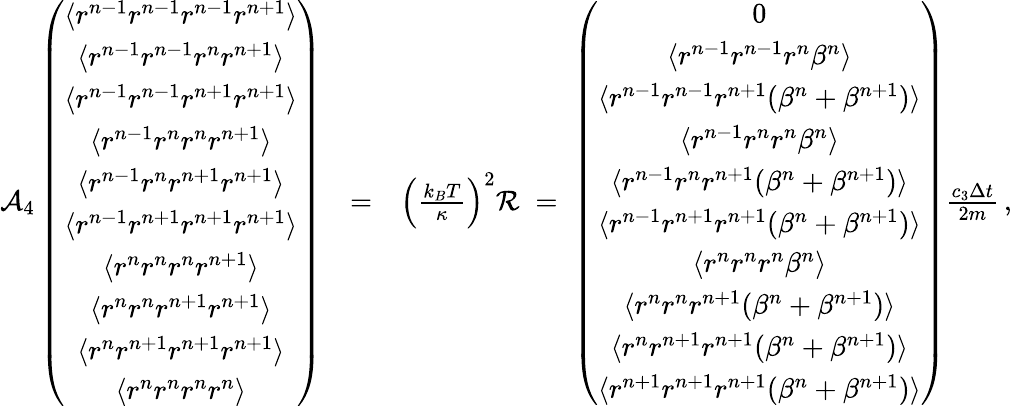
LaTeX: \begin{array}{rlr}{{\cal A}_{4}\left(\begin{array}{c}{\langle r^{n-1}r^{n-1}r^{n-1}r^{n+1}\rangle}\\ {\langle r^{n-1}r^{n-1}r^{n}r^{n+1}\rangle}\\ {\langle r^{n-1}r^{n-1}r^{n+1}r^{n+1}\rangle}\\ {\langle r^{n-1}r^{n}r^{n}r^{n+1}\rangle}\\ {\langle r^{n-1}r^{n}r^{n+1}r^{n+1}\rangle}\\ {\langle r^{n-1}r^{n+1}r^{n+1}r^{n+1}\rangle}\\ {\langle r^{n}r^{n}r^{n}r^{n+1}\rangle}\\ {\langle r^{n}r^{n}r^{n+1}r^{n+1}\rangle}\\ {\langle r^{n}r^{n+1}r^{n+1}r^{n+1}\rangle}\\ {\langle r^{n}r^{n}r^{n}r^{n}\rangle}\end{array}\right)}&{=}&{\left(\frac{k_{B}T}{\kappa}\right)^{2}{\cal R}\; =\; \left(\begin{array}{c}{0}\\ {\langle r^{n-1}r^{n-1}r^{n}\beta^{n}\rangle}\\ {\langle r^{n-1}r^{n-1}r^{n+1}(\beta^{n}+\beta^{n+1})\rangle}\\ {\langle r^{n-1}r^{n}r^{n}\beta^{n}\rangle}\\ {\langle r^{n-1}r^{n}r^{n+1}(\beta^{n}+\beta^{n+1})\rangle}\\ {\langle r^{n-1}r^{n+1}r^{n+1}(\beta^{n}+\beta^{n+1})\rangle}\\ {\langle r^{n}r^{n}r^{n}\beta^{n}\rangle}\\ {\langle r^{n}r^{n}r^{n+1}(\beta^{n}+\beta^{n+1})\rangle}\\ {\langle r^{n}r^{n+1}r^{n+1}(\beta^{n}+\beta^{n+1})\rangle}\\ {\langle r^{n+1}r^{n+1}r^{n+1}(\beta^{n}+\beta^{n+1})\rangle}\end{array}\right)\frac{c_{3}\Delta{t}}{2m}\, ,}\end{array}